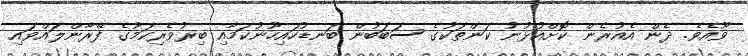
ވޫއެވެ. ދެން އެއުރެން ކޮށްއުޅުނު ކަންތަކުގެ ސަބަބުން ބަނޑުހައިހޫނުކަމާއި ބިރުވެރިކަމުގެ ފޭރާންލައްވައި